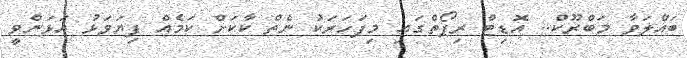
ބައްލަވާ މަބްރޫކް.. އޮޑިޓް ރިޕޯތްގައި މިފަހަރަކު ނެތް ކާކަށް ކަމެއް ފިޔަވަޅު އަޅަންވީ